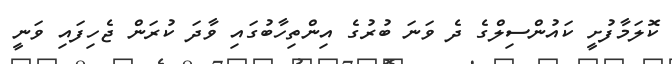
ކޮލަމާފުށީ ކައުންސިލްގެ ދެ ވަނަ ބުރުގެ އިންތިހާބުގައި ވާދަ ކުރަން ޖެހިފައި ވަނީ